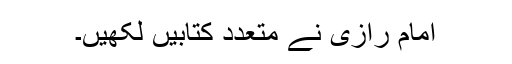
امام رازی نے متعدد کتابیں لکھیں۔